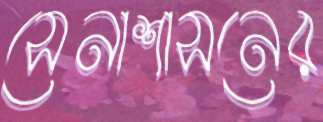
সেনাশাসনের